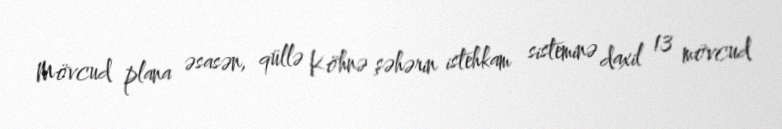
Mövcud plana əsasən, qüllə Köhnə şəhərin istehkam sisteminə daxil 13 mövcud